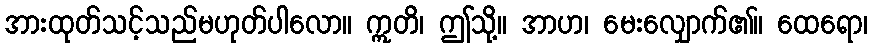
အားထုတ်သင့်သည်မဟုတ်ပါလော။ ဣတိ၊ ဤသို့။ အာဟ၊ မေးလျှောက်၏။ ထေရော၊